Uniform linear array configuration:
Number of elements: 16
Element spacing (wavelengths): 0.75
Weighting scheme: hamming
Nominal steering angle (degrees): -30
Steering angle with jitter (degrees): -30.364
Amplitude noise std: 0.05
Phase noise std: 0.05

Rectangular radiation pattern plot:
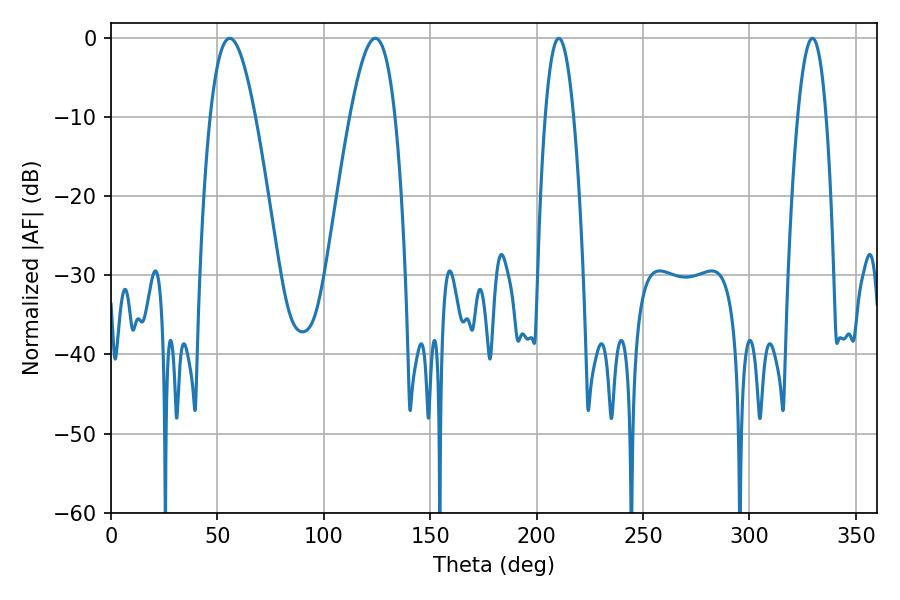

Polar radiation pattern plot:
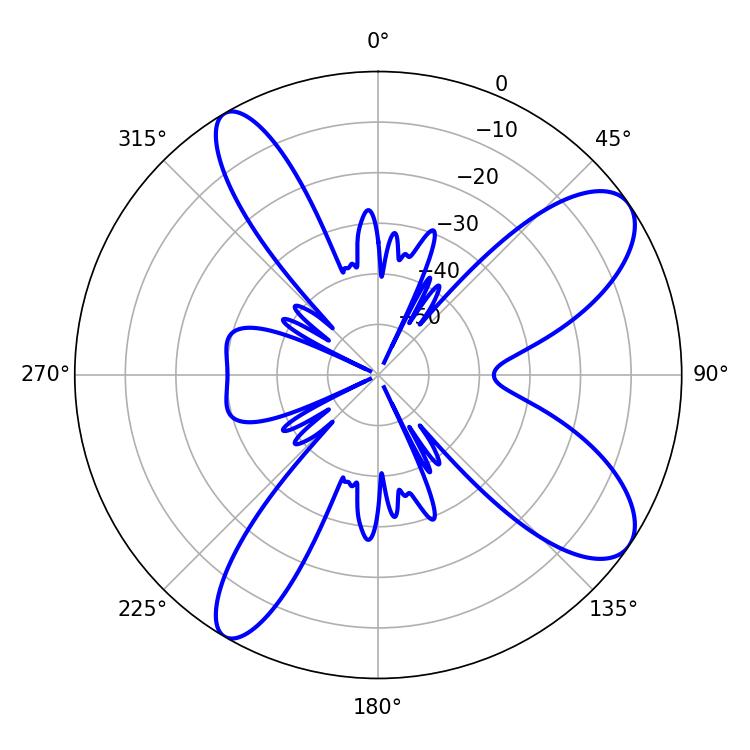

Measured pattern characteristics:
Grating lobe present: TRUE
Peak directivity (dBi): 9.554
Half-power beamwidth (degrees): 7.38
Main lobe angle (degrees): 210.42